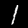
Label: 1